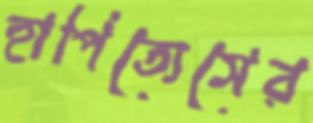
হাপিত্যেসের